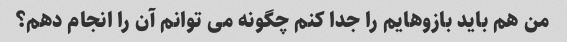
من هم باید بازوهایم را جدا کنم چگونه می توانم آن را انجام دهم؟